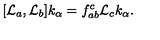
[ { \cal L } _ { a } , { \cal L } _ { b } ] k _ { \alpha } = f _ { a b } ^ { c } { \cal L } _ { c } k _ { \alpha } .